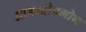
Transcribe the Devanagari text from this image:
आनन्दोपभोग